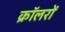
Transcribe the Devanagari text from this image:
क्रॉलरों